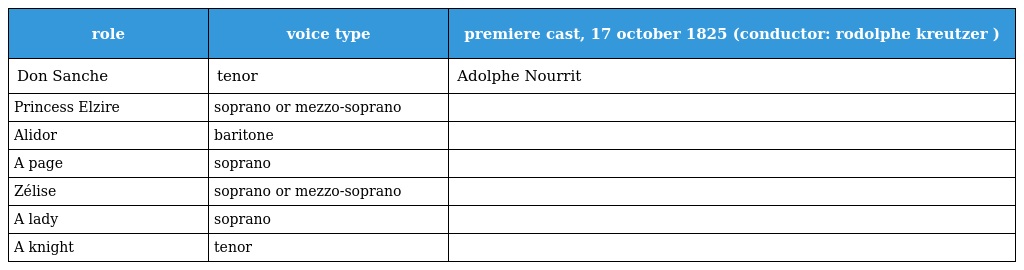
| role | voice type | premiere cast, 17 october 1825 (conductor: rodolphe kreutzer ) |
 | --- | --- | --- |
 | Don Sanche | tenor | Adolphe Nourrit |
 | Princess Elzire | soprano or mezzo-soprano |  |
 | Alidor | baritone |  |
 | A page | soprano |  |
 | Zélise | soprano or mezzo-soprano |  |
 | A lady | soprano |  |
 | A knight | tenor |  |